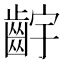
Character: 𬹷